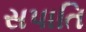
સપાતિ